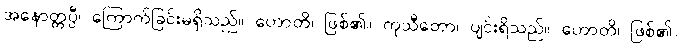
အနောတ္တပ္ပီ၊ ကြောက်ခြင်းမရှိသည်။ ဟောတိ၊ ဖြစ်၏။ ကုသီတော၊ ပျင်းရိသည်။ ဟောတိ၊ ဖြစ်၏။